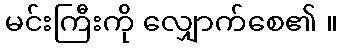
မင်းကြီးကို လျှောက်စေ၏ ။